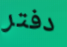
دفتر